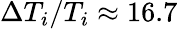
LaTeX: \Delta T_{i}/T_{i}\approx 16.7\